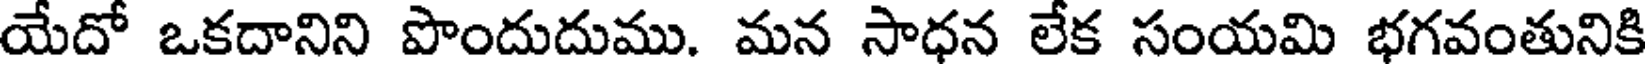
యేదో ఒకదానిని పొందుదుము. మన సాధన లేక సంయమి భగవంతునికి